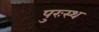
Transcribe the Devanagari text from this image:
पुरःस्थ